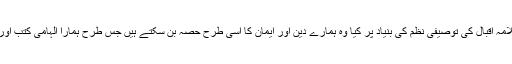
بابا گورو نانک کےلئے علامہ اقبال کی توصیفی نظم کی بنیاد پر کیا وہ ہمارے دین اور ایمان کا اسی طرح حصہ بن سکتے ہیں جس طرح ہمارا الہامی کتب اور انبیاءو رُسل پر ایمان ہے۔